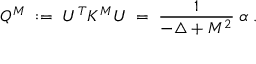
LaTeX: Q ^ { M } \; : = \; U ^ { T } K ^ { M } U \; = \; \frac { 1 } { - \triangle + M ^ { 2 } } \; \alpha \; .